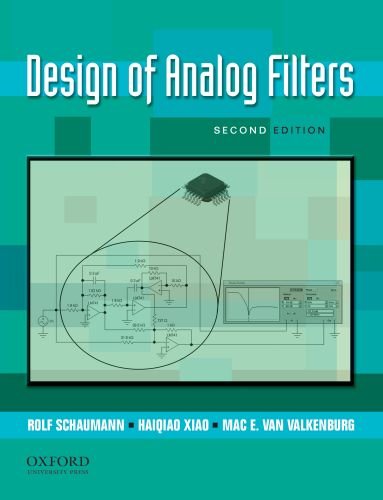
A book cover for Design of Analog Filters 2nd Edition (The Oxford Series in Electrical and Computer Engineering); Rolf Schaumann; Engineering & Transportation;